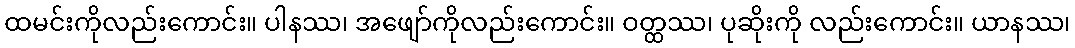
ထမင်းကိုလည်းကောင်း။ ပါနဿ၊ အဖျော်ကိုလည်းကောင်း။ ဝတ္ထဿ၊ ပုဆိုးကို လည်းကောင်း။ ယာနဿ၊